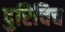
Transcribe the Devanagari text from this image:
दुरिचिच